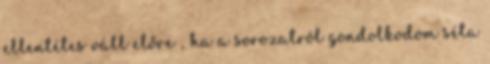
ellentétes váll előre , ha a sorozatról gondolkodom séta